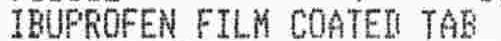
IBUPROFEN FILM COATED TAB